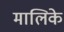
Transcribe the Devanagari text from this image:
मालिके